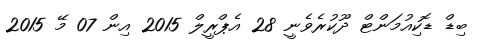
ބިޑް ޑޮކިއުމަންޓް ދޫކުރެވެނީ 28 އެޕްރީލް 2015 އިން 07 މޭ 2015